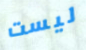
ليست